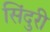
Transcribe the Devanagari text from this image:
सिंदुरी